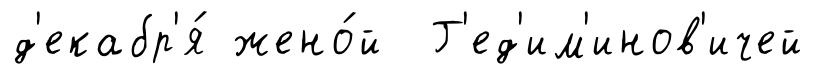
д'екабр'я́ жено́й Г'ед'им'инов'ичей